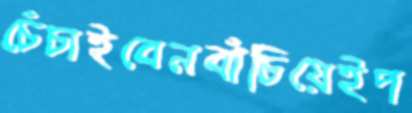
চেঁচাইবেনবাঁচিয়েইপ